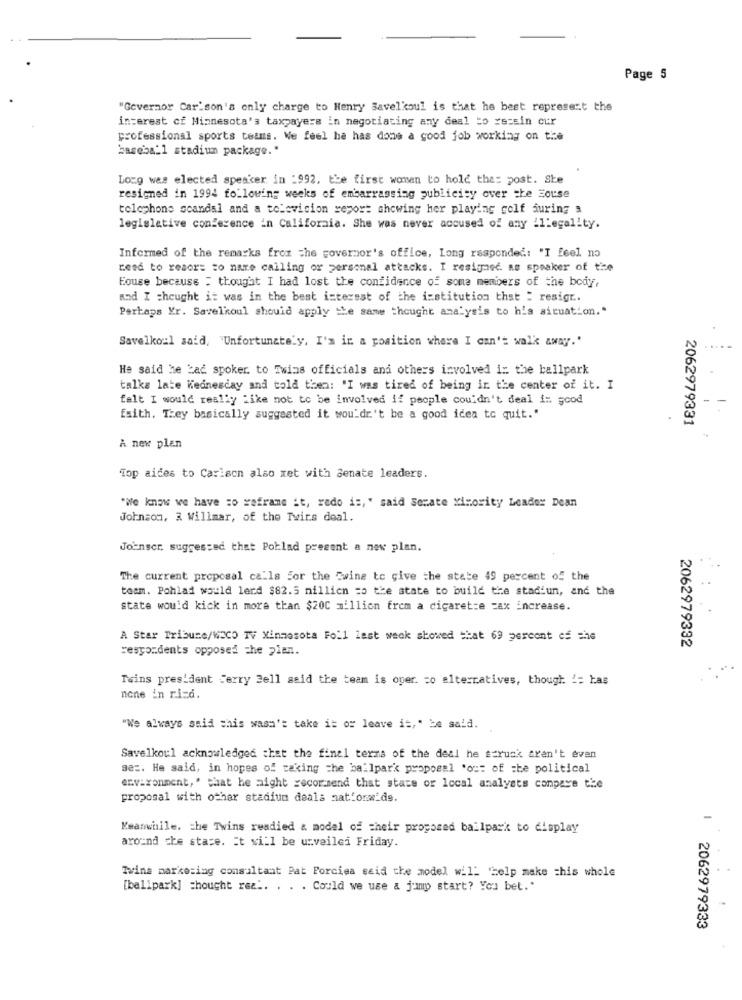
Page 5
"Governor Car'son's only charge to Henry Savelkoul is that he best represent the
interest of Minnesota's taxpayers in negotiating any deal to re:sin cur
professional sports teams. We feel ha has done a good job working on the
baseball stadium package."
Logg was elected speaker in :992, the first woman to hold that post. Ste
resigned in 1994 following weeks of embarrassing publicity over the Eouse
telephone scandal and a television report showing her playing golf during a
legislative conference in California. She was never accused of any illegality.
Informed of the remarks from the governor's office, Long responded: "I feel no
reed to resor= to nare calling or personal attacks. I resigned. as speaker of the
Eouse because : thought I had lost the confidence of some members of the body,
and I thought it was in the best interest of the institution that : resigr ..
Pertaps Yr. Savelkoul should apply the same thought analysis to his situation."
Savelkoul said, "Unfortunately, I'm in a position where I can't walk away.'
He said he bad spoker. to Twins officials and others involved in the ballpark
talks late Wednesday and told then: "I was tired of being in the center of it. I
falt I would really Like not to be involved if people couldn't deal in good
faith. They basically suggested it wouldn't be a good idea to quit."
2062979331
A new plan
Top aides to Carlson also met with Senate leaders.
"We know we have =o reframe it, redo i :, " said Senate Minority Leader Dean
Johnson, 3 Willmar, of the Twirs deal.
Joinser, suggested that Poblad present a new plan.
The current proposal calls for the Twins to give the state 49 percent of the
team. Pohlad would lerd $82.5 millicn =o the state to build the stadiun, and the
state would kick in more than $200 million frem a cigarette =ax increase.
A Star Tribune/WECO TV Minnesota Foil last week showed that 69 percent of the
2062979332
respondents opposed The plan.
Twins president Terry Bell said the team is oper. = o alternatives, though != has
none in rica.
"We always said this wasn't take it or leave it," be said.
Savelkoul acknowledged that the final terms of the deal he struck aren't even
sez. He said, in hopes of taking the ballpark propoesl 'out of =be political
environment,' that he might recommend that state or local analysts conpaye the
proposal with other stadium deals nationwide.
Keanwille, the Twins readied & model of their proposed ballpark to display
around the stare. Et will be urveiled Friday.
Tvina marketing consultant Pat Porciea seid the model will 'help make this whole
[ballpark] thought rez .. . . . Could we use a jump start? You bet."
2062979333